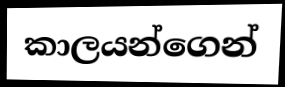
කාලයන්ගෙන්